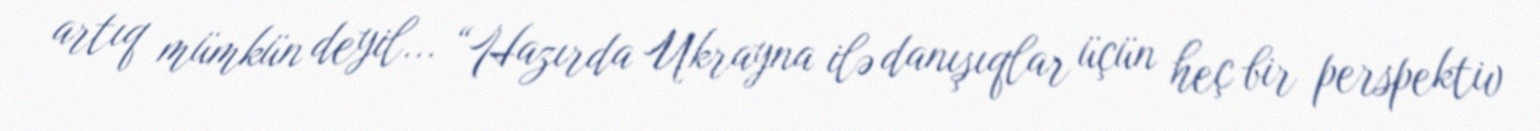
artıq mümkün deyil... “Hazırda Ukrayna ilə danışıqlar üçün heç bir perspektiv